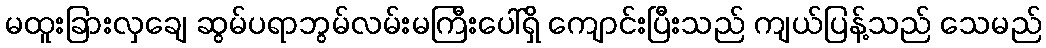
မထူးခြားလှချေ ဆွမ်ပရာဘွမ်လမ်းမကြီးပေါ်ရှိ ကျောင်းပြီးသည် ကျယ်ပြန့်သည် သေမည်